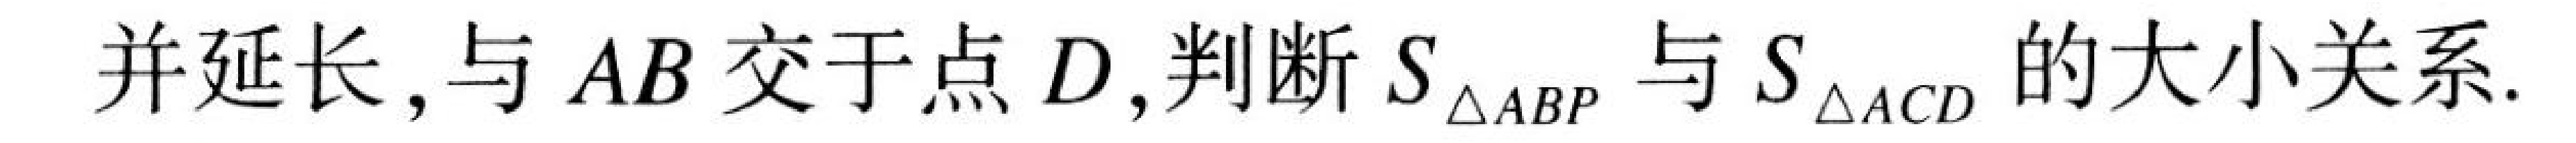
并延长，与 \(AB\) 交于点 \(D\)，判断 \(S_{\triangle ABP}\) 与 \(S_{\triangle ACD}\) 的大小关系.